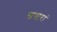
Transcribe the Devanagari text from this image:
सथारां